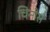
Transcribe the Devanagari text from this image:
चिनोस